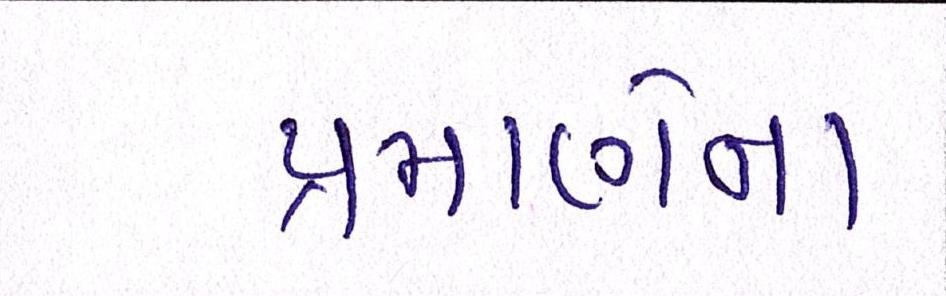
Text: પ્રમાણેના